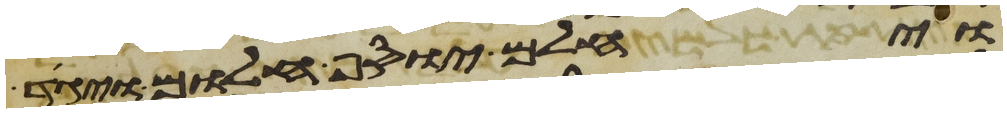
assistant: ויחלם יוסף חלום ויגד